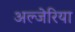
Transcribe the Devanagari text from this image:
अल्जेरिया